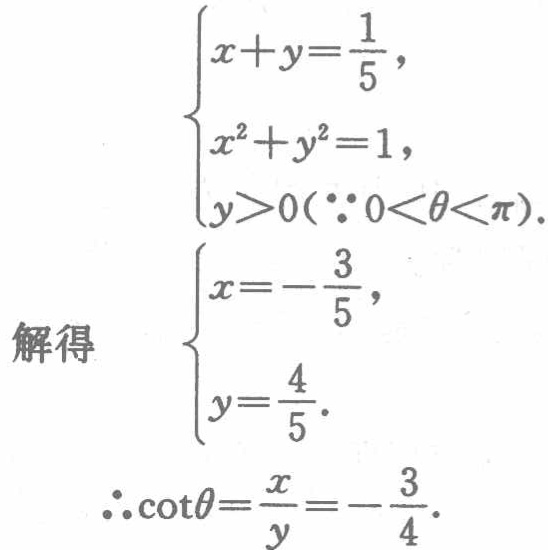
\[

\begin{cases}

x + y=\frac{1}{5}, \\

x^{2}+y^{2}=1, \\

y>0(\because0<\theta<\pi).

\end{cases}

\]

解得

\[

\begin{cases}

x = -\frac{3}{5}, \\

y=\frac{4}{5}.

\end{cases}

\]

\(\therefore\cot\theta=\frac{x}{y}=-\frac{3}{4}\).